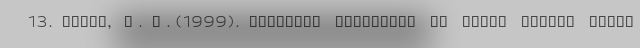
13. Marks, S. P. (1999). Economic sanctions as human rights viola